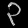
Digit: ၃